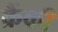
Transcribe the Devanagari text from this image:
क्रैंकी